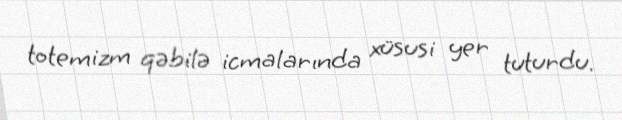
totemizm qəbilə icmalarında xüsusi yer tuturdu.